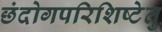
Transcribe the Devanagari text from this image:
छंदोगपरिशिष्टेतु